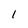
Character: 1